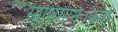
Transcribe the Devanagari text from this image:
साभिमानें।कृपा